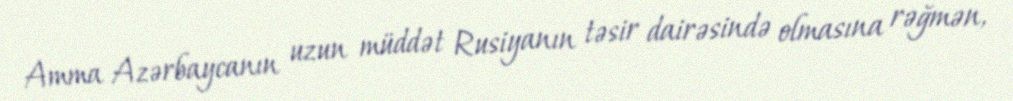
Amma Azərbaycanın uzun müddət Rusiyanın təsir dairəsində olmasına rəğmən,